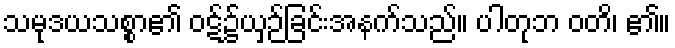
သမုဒယသစ္စာ၏ ဝဋ်၌ယှဉ်ခြင်းအနက်သည်။ ပါတုဘ ဝတိ၊ ၏။